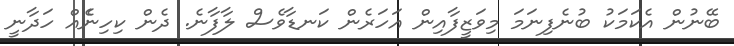
ބޭނުން އެކަމަކު ބުނެފިނަމަ މިވަޒީފާއިން އަހަރެން ކަނޑާވެސް ލާފާނެ. ދެން ކިހިނެެއް ހަދާނީ